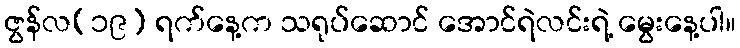
ဇွန်လ(၁၉) ရက်နေ့က သရုပ်ဆောင် အောင်ရဲလင်းရဲ့ မွေးနေ့ပါ။